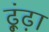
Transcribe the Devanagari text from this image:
ढ़ूंढ़ा